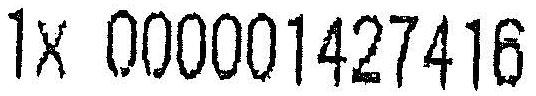
1X 000001427416